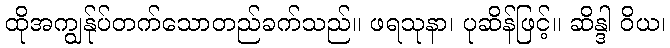
ထိုအကျွန်ုပ်တက်သောတည်ခက်သည်။ ဖရသုနာ၊ ပုဆိန်ဖြင့်။ ဆိန္ဒါ ဝိယ၊